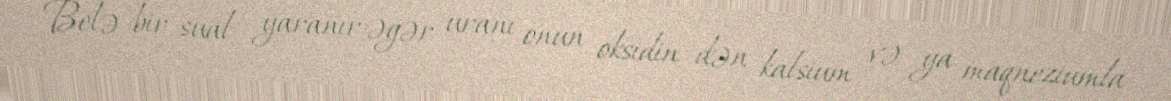
Belə bir sual yaranır:əgər uranı onun oksidin dən kalsium və ya maqneziumla